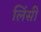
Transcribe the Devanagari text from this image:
लिंसी